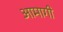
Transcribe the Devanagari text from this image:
आमागी